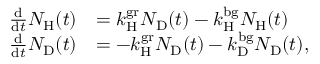
\begin{array} { r l } { \frac { \mathrm { d } } { \mathrm { d } t } N _ { \mathrm { H } } ( t ) } & { = k _ { \mathrm { H } } ^ { \mathrm { g r } } N _ { \mathrm { D } } ( t ) - k _ { \mathrm { H } } ^ { \mathrm { b g } } N _ { \mathrm { H } } ( t ) } \\ { \frac { \mathrm { d } } { \mathrm { d } t } N _ { \mathrm { D } } ( t ) } & { = - k _ { \mathrm { H } } ^ { \mathrm { g r } } N _ { \mathrm { D } } ( t ) - k _ { \mathrm { D } } ^ { \mathrm { b g } } N _ { \mathrm { D } } ( t ) , } \end{array}